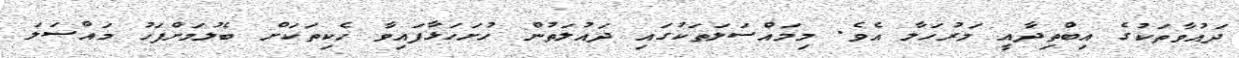
ދައުވާތަކުގެ އިބްތިދާއީ މަރުހަލާ އެވެ. މިމައްސަލަތަކުގައި ދައުލަތުން ހުށަހަޅާފައިވާ ހެކިތަކަށް ބެލުމަށްފަހު މައްސަލަ